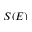
S ( E )